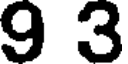
9 3